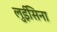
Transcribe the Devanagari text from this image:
लुईसिना